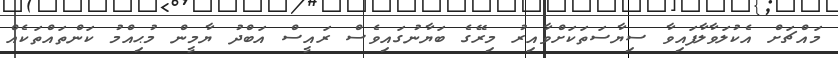
މައްޗަށް އެކުލަވާލާފައިވާ ސިޔާސަތަކަށްވާއިރު މިރޭގެ ބަޔާނުގައިވެސް ރައީސް އަބްދު ޔާމީން މުޙިއްމު ކަންތައްތަކެއް